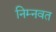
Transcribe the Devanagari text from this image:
निम्‍नवत